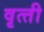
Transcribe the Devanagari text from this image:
वृत्‍ती